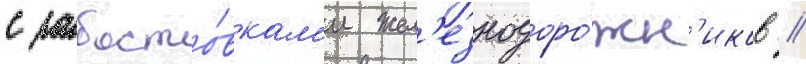
с забасто́вкам'и жел'езнодоро́жн'иков //